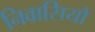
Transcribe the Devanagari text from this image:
निवासियौं